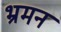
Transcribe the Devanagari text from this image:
भ्रमन